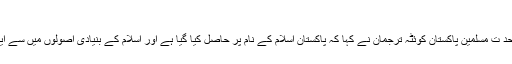
مجلس وحدت مسلمین
وحدت نیوز(کوئٹہ) مجلس وحد ت مسلمین پاکستان کوئٹہ ترجمان نے کہا کہ پاکستان اسلام کے نام پر حاصل کیا گیا ہے اور اسلام کے بنیادی اصولوں میں سے ایک اصل عدل و انصاف ہے ۔